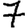
Digit: 7